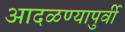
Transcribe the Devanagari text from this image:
आदळण्यापुर्वी